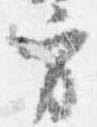
方